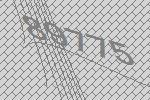
89775